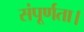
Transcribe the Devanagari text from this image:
संपूर्णता।